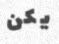
يكن